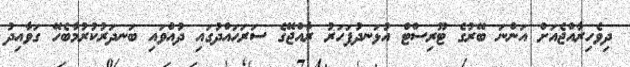
ދިވެހިރާއްޖެއަށް އަންނަ ބޭރުގެ ޓޫރިސްޓް އުޅަނދުފަހަރު ރާއްޖޭގެ ސަރަޙައްދުގައި ދުއްވައި ބަނދަރުކުރުމާބެހޭ ގަވާއިދު